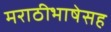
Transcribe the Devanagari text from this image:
मराठीभाषेसह